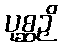
ပုစ္ဆဉှိ